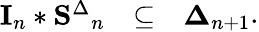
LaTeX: \begin{array}{lll}{{{\mathbf I}_{n}*{\mathbf S^{\Delta}}_{n}}}&{{\subseteq}}&{{{\mathbf\Delta}_{n+1}}}\end{array}{}.